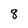
Character: 8